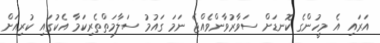
އަރައި އެ މީހުންގެ ކޮނޑަށް ސަވާރުވާންވެއްޖެ ނަމަ ގައުމު ސަލާމަތްތެރިކަމާ އެކުގައި ކުރިއަށް